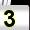
Digit: 3